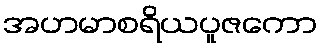
အဟမာစရိယပူဇကော